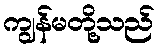
ကျွန်မတို့သည်